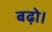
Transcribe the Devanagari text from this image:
बढ़ो।